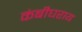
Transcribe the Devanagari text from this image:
कंबीघराय